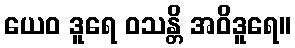
ယေဝ ဒူရေ ဝသန္တိ အဝိဒူရေ။